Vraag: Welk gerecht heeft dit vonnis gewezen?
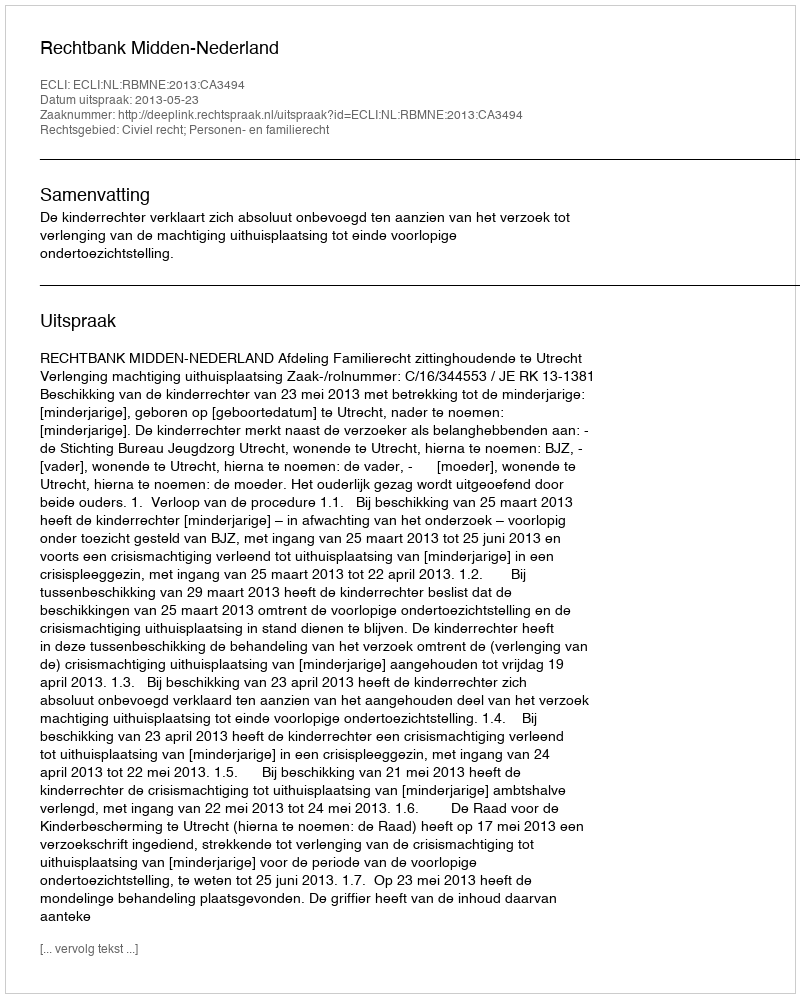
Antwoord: Rechtbank Midden-Nederland